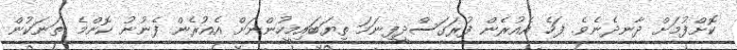
ކޮށްފުމަށް ދާނދެނެވެ. ފަހެ އެއުރެން ފުރަގަސްދީފިނަމަ ތިޔަބައިމީހުންނަށް އެއުރެން ފެނުނު ކޮންމެ ތަނަކުން